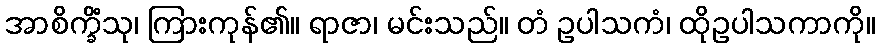
အာစိက္ခိံသု၊ ကြားကုန်၏။ ရာဇာ၊ မင်းသည်။ တံ ဥပါသကံ၊ ထိုဥပါသကာကို။